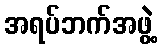
အရပ်ဘက်အဖွဲ့